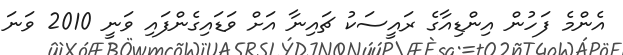
އެންމެ ފަހުން އިންޑިއާގެ ރައީސަކު ޗައިނާ އަށް ވަޑައިގެންފައި ވަނީ 2010 ވަނަ